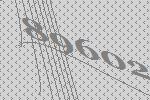
89602